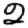
Digit: 2